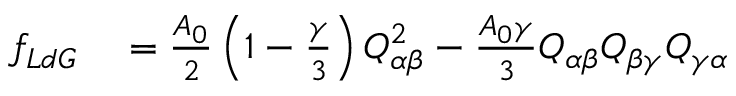
\begin{array} { r l } { f _ { L d G } } & { { } = \frac { A _ { 0 } } { 2 } \left( 1 - \frac { \gamma } { 3 } \right) Q _ { \alpha \beta } ^ { 2 } - \frac { A _ { 0 } \gamma } { 3 } Q _ { \alpha \beta } Q _ { \beta \gamma } Q _ { \gamma \alpha } } \end{array}